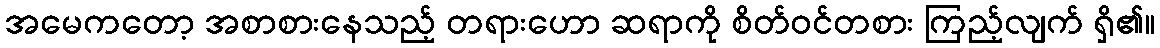
အမေကတော့ အစာစားနေသည့် တရားဟော ဆရာကို စိတ်ဝင်တစား ကြည့်လျက် ရှိ၏။